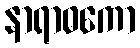
နာရာဓကော